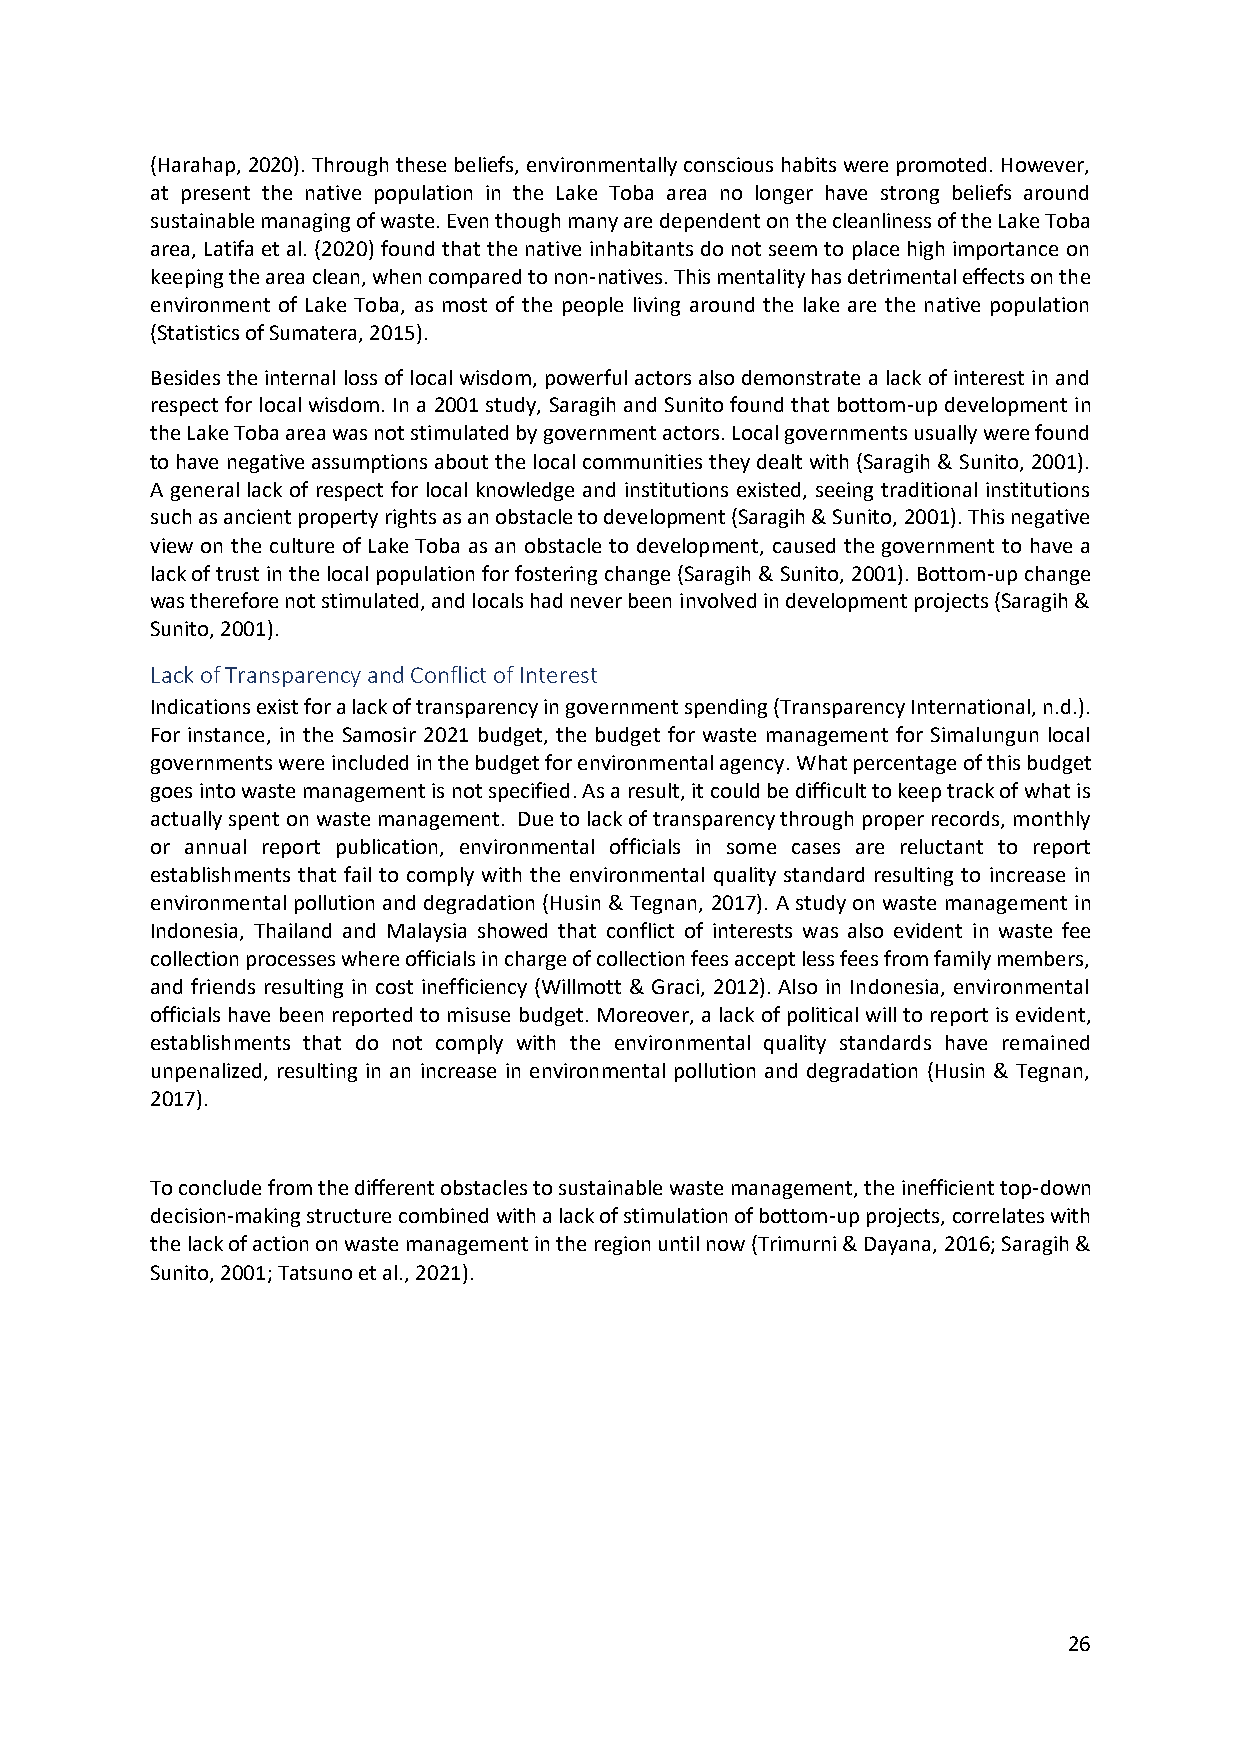
(Harahap, 2020). Through these beliefs, environmentally conscious habits were promoted. However,
 at present the native population in the Lake Toba area no longer have strong beliefs around
 sustainable managing of waste. Even though many are dependent on the cleanliness of the Lake Toba
 area, Latifa et al. (2020) found that the native inhabitants do not seem to place high importance on
 keeping the area clean, when compared to non-natives. This mentality has detrimental effects on the
 environment of Lake Toba, as most of the people living around the lake are the native population
 (Statistics of Sumatera, 2015).
 Besides the internal loss of local wisdom, powerful actors also demonstrate a lack of interest in and
 respect for local wisdom. In a 2001 study, Saragih and Sunito found that bottom-up development in
 the Lake Toba area was not stimulated by government actors. Local governments usually were found
 to have negative assumptions about the local communities they dealt with (Saragih & Sunito, 2001).
 A general lack of respect for local knowledge and institutions existed, seeing traditional institutions
 such as ancient property rights as an obstacle to development (Saragih & Sunito, 2001). This negative
 view on the culture of Lake Toba as an obstacle to development, caused the government to have a
 lack of trust in the local population for fostering change (Saragih & Sunito, 2001). Bottom-up change
 was therefore not stimulated, and locals had never been involved in development projects (Saragih &
 Sunito, 2001).
 Lack of Transparency and Conflict of Interest
 Indications exist for a lack of transparency in government spending (Transparency International, n.d.).
 For instance, in the Samosir 2021 budget, the budget for waste management for Simalungun local
 governments were included in the budget for environmental agency. What percentage of this budget
 goes into waste management is not specified. As a result, it could be difficult to keep track of what is
 actually spent on waste management. Due to lack of transparency through proper records, monthly
 or annual report publication, environmental officials in some cases are reluctant to report
 establishments that fail to comply with the environmental quality standard resulting to increase in
 environmental pollution and degradation (Husin & Tegnan, 2017). A study on waste management in
 Indonesia, Thailand and Malaysia showed that conflict of interests was also evident in waste fee
 collection processes where officials in charge of collection fees accept less fees from family members,
 and friends resulting in cost inefficiency (Willmott & Graci, 2012). Also in Indonesia, environmental
 officials have been reported to misuse budget. Moreover, a lack of political will to report is evident,
 establishments that do not comply with the environmental quality standards have remained
 unpenalized, resulting in an increase in environmental pollution and degradation (Husin & Tegnan,
 2017).
 To conclude from the different obstacles to sustainable waste management, the inefficient top-down
 decision-making structure combined with a lack of stimulation of bottom-up projects, correlates with
 the lack of action on waste management in the region until now (Trimurni & Dayana, 2016; Saragih &
 Sunito, 2001; Tatsuno et al., 2021).
 26